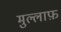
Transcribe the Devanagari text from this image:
मुल्लाफ़